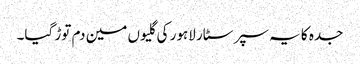
جدہ کا یہ سپر سٹار لاہور کی گلیوں مین دم توڑ گیا۔